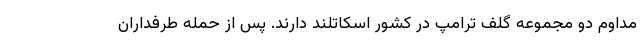
مداوم دو مجموعه گلف ترامپ در کشور اسکاتلند دارند. پس از حمله طرفداران